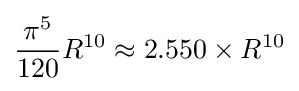
{\frac {\pi ^{5}}{120}}R^{10}\approx 2.550\times R^{10}